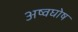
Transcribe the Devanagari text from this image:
अष्वघोष